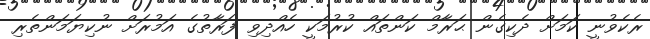
ރެކެވުނީ ކަމަށް ދެކިގެން ޙަރާމް ކަންތައް ކުރުމަކީ ހެއްދިވި ފަރާތުގެ އަމުރަށް ނުކިޔަމަންތެރި